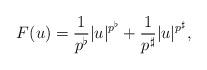
LaTeX: \begin{align*}F(u)=\displaystyle\frac{1}{p^\flat}|u|^{p^\flat}+ \frac{1}{p^\sharp}|u|^{p^\sharp},\end{align*}